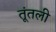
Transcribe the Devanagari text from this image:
तूंतली